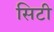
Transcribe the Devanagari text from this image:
सिटी